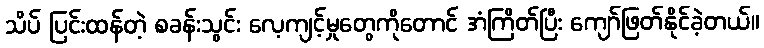
သိပ် ပြင်းထန်တဲ့ စခန်းသွင်း လေ့ကျင့်မှုတွေကိုတောင် အံကြိတ်ပြီး ကျော်ဖြတ်နိုင်ခဲ့တယ်။